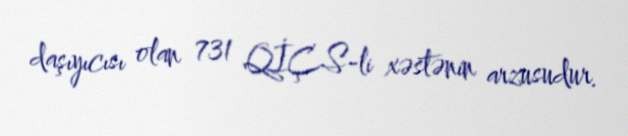
daşıyıcısı olan 731 QİÇS-li xəstənin arzusudur.